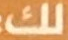
لك